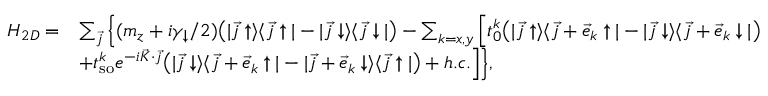
\begin{array} { r l } { H _ { 2 D } = } & { \sum _ { \vec { j } } \Big \{ ( m _ { z } + i \gamma _ { \downarrow } / 2 ) \bigr ( | \vec { j } \uparrow \rangle \langle \vec { j } \uparrow | - | \vec { j } \downarrow \rangle \langle \vec { j } \downarrow | \bigr ) - \sum _ { k = x , y } \Big [ t _ { 0 } ^ { k } \bigr ( | \vec { j } \uparrow \rangle \langle \vec { j } + \vec { e } _ { k } \uparrow | - | \vec { j } \downarrow \rangle \langle \vec { j } + \vec { e } _ { k } \downarrow | \bigr ) } \\ & { + t _ { \mathrm { s o } } ^ { k } e ^ { - i \vec { K } \cdot \vec { j } } \bigr ( | \vec { j } \downarrow \rangle \langle \vec { j } + \vec { e } _ { k } \uparrow | - | \vec { j } + \vec { e } _ { k } \downarrow \rangle \langle \vec { j } \uparrow | \bigr ) + h . c . \Big ] \Big \} , } \end{array}